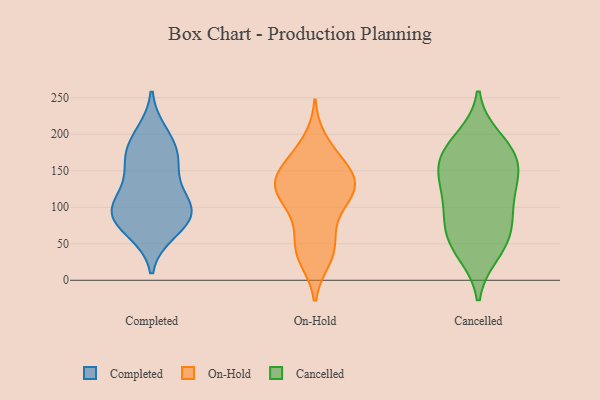
{"axis": {"x": "Production Output", "y": "Value"}, "legend": ["Cancelled", "Completed", "On-Hold"], "data": [{"x": "", "y": 87, "type": "Completed"}, {"x": "", "y": 158, "type": "Completed"}, {"x": "", "y": 105, "type": "Completed"}, {"x": "", "y": 146, "type": "Completed"}, {"x": "", "y": 68, "type": "Completed"}, {"x": "", "y": 103, "type": "Completed"}, {"x": "", "y": 103, "type": "Completed"}, {"x": "", "y": 200, "type": "Completed"}, {"x": "", "y": 87, "type": "Completed"}, {"x": "", "y": 80, "type": "Completed"}, {"x": "", "y": 183, "type": "Completed"}, {"x": "", "y": 174, "type": "Completed"}, {"x": "", "y": 124, "type": "On-Hold"}, {"x": "", "y": 146, "type": "On-Hold"}, {"x": "", "y": 144, "type": "On-Hold"}, {"x": "", "y": 129, "type": "On-Hold"}, {"x": "", "y": 120, "type": "On-Hold"}, {"x": "", "y": 121, "type": "On-Hold"}, {"x": "", "y": 190, "type": "On-Hold"}, {"x": "", "y": 76, "type": "On-Hold"}, {"x": "", "y": 36, "type": "On-Hold"}, {"x": "", "y": 121, "type": "On-Hold"}, {"x": "", "y": 41, "type": "On-Hold"}, {"x": "", "y": 166, "type": "On-Hold"}, {"x": "", "y": 30, "type": "On-Hold"}, {"x": "", "y": 120, "type": "On-Hold"}, {"x": "", "y": 144, "type": "On-Hold"}, {"x": "", "y": 168, "type": "On-Hold"}, {"x": "", "y": 46, "type": "On-Hold"}, {"x": "", "y": 87, "type": "On-Hold"}, {"x": "", "y": 123, "type": "Cancelled"}, {"x": "", "y": 160, "type": "Cancelled"}, {"x": "", "y": 93, "type": "Cancelled"}, {"x": "", "y": 75, "type": "Cancelled"}, {"x": "", "y": 193, "type": "Cancelled"}, {"x": "", "y": 50, "type": "Cancelled"}, {"x": "", "y": 88, "type": "Cancelled"}, {"x": "", "y": 165, "type": "Cancelled"}, {"x": "", "y": 181, "type": "Cancelled"}, {"x": "", "y": 134, "type": "Cancelled"}, {"x": "", "y": 38, "type": "Cancelled"}, {"x": "", "y": 170, "type": "Cancelled"}, {"x": "", "y": 135, "type": "Cancelled"}, {"x": "", "y": 52, "type": "Cancelled"}]}